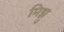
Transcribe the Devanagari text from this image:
मिझु